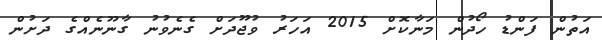
އަތުން ފަންޑު ހޯދުން މަނާކޮށް 2015 އަހަރު ވުޖޫދަށް ގެނެވުނު ގާނޫނެއްގެ ދަށުން